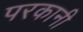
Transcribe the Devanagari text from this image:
परकानी